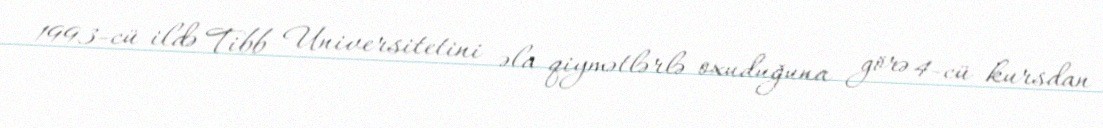
1993-cü ildə Tibb Universitetini əla qiymətlərlə oxuduğuna görə 4-cü kursdan